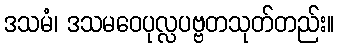
ဒသမံ၊ ဒသမဝေပုလ္လပဗ္ဗတသုတ်တည်း။